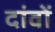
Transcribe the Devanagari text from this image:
दांवों